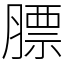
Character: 膘